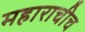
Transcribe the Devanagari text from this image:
महाराचीच